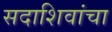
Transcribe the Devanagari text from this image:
सदाशिवांचा